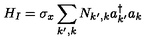
H _ { I } = \sigma _ { x } \sum _ { k ^ { \prime } , k } N _ { k ^ { \prime } , k } a _ { k ^ { \prime } } ^ { \dagger } a _ { k }